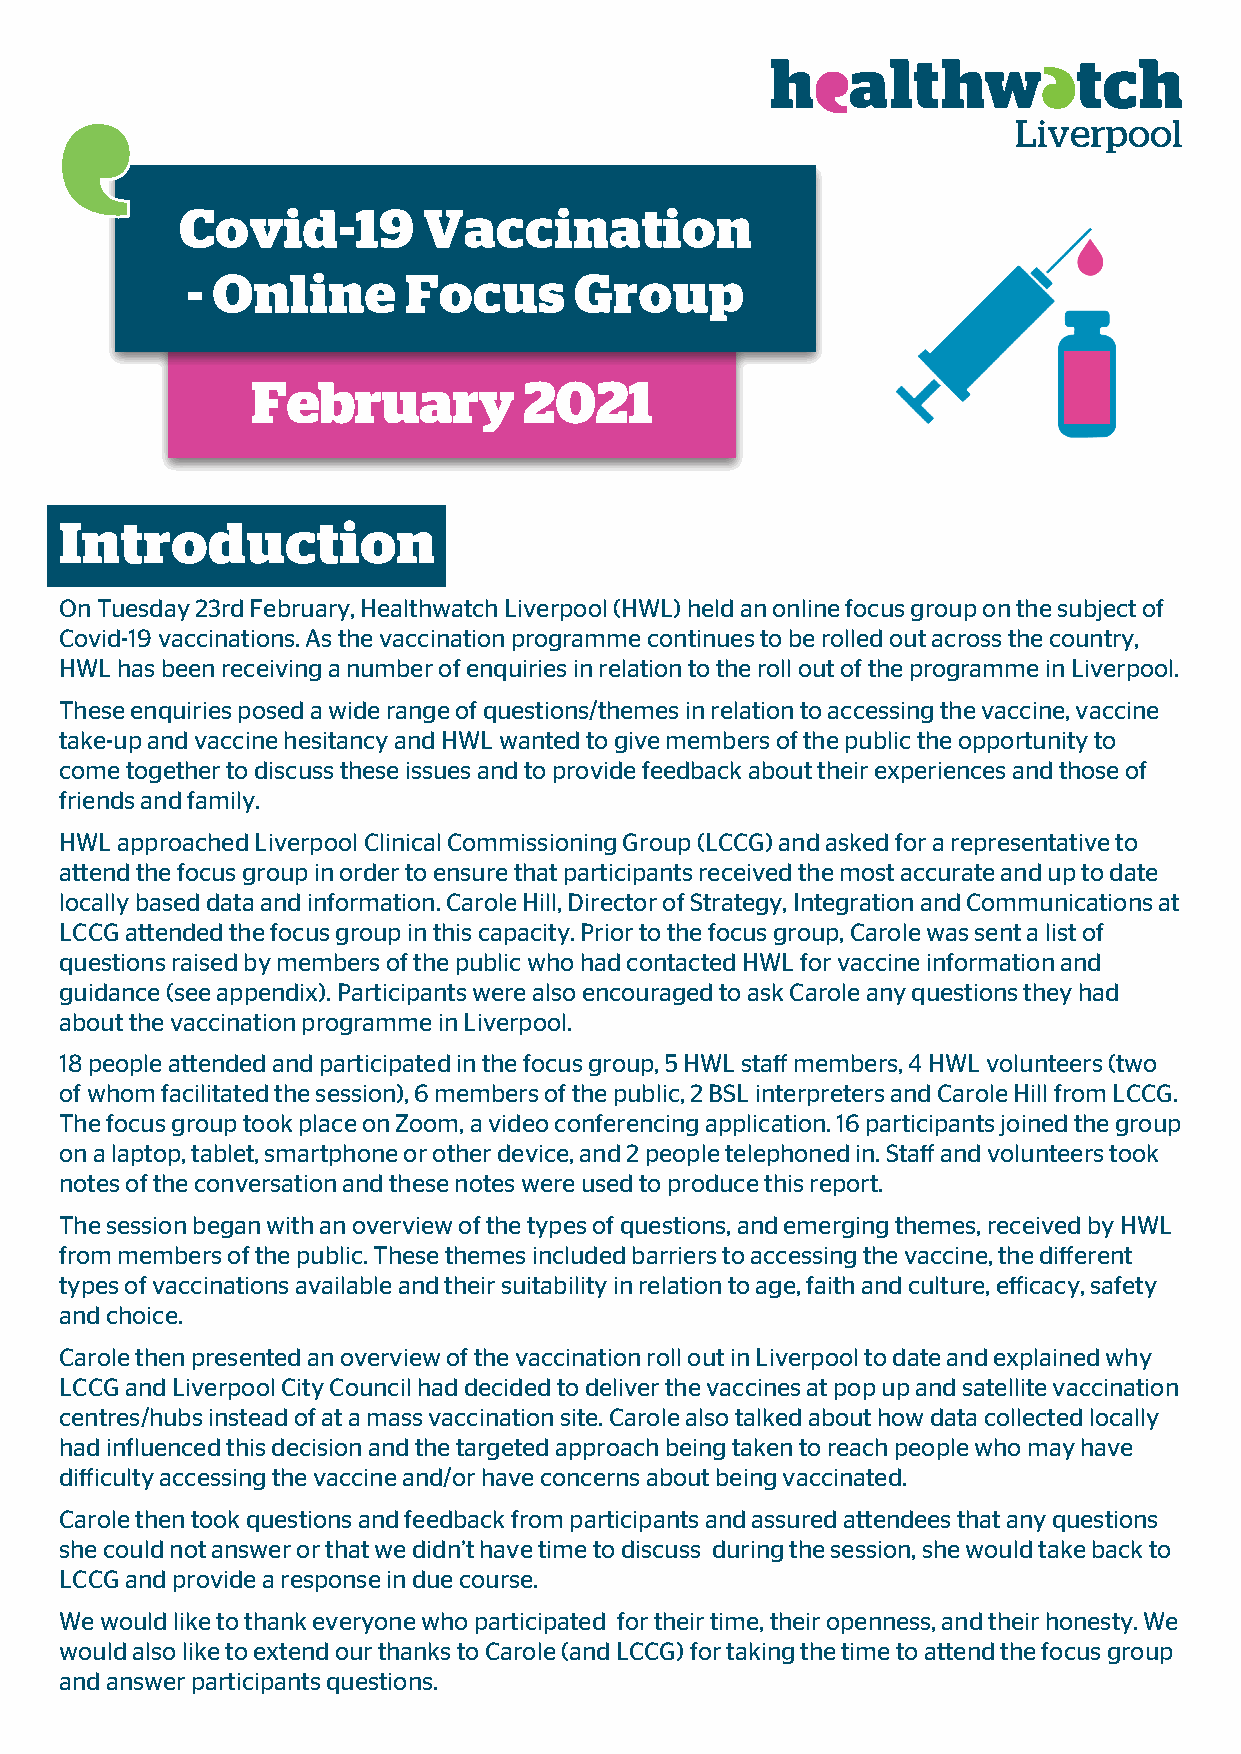
Covid-19        Vaccination
 - Online       Focus      Group
 February          2021
 Introduction
 On Tuesday 23rd February, Healthwatch Liverpool (HWL) held an online focus group on the subject of
 Covid-19 vaccinations. As the vaccination programme continues to be rolled out across the country,
 HWL has been receiving a number of enquiries in relation to the roll out of the programme in Liverpool.
 These enquiries posed a wide range of questions/themes in relation to accessing the vaccine, vaccine
 take-up and vaccine hesitancy and HWL wanted to give members of the public the opportunity to
 come together to discuss these issues and to provide feedback about their experiences and those of
 friends and family.
 HWL approached Liverpool Clinical Commissioning Group (LCCG) and asked for a representative to
 attend the focus group in order to ensure that participants received the most accurate and up to date
 locally based data and information. Carole Hill, Director of Strategy, Integration and Communications at
 LCCG attended the focus group in this capacity. Prior to the focus group, Carole was sent a list of
 questions raised by members of the public who had contacted HWL for vaccine information and
 guidance (see appendix). Participants were also encouraged to ask Carole any questions they had
 about the vaccination programme in Liverpool.
 18 people attended and participated in the focus group, 5 HWL staff members, 4 HWL volunteers (two
 of whom facilitated the session), 6 members of the public, 2 BSL interpreters and Carole Hill from LCCG.
 The focus group took place on Zoom, a video conferencing application. 16 participants joined the group
 on a laptop, tablet, smartphone or other device, and 2 people telephoned in. Staff and volunteers took
 notes of the conversation and these notes were used to produce this report.
 The session began with an overview of the types of questions, and emerging themes, received by HWL
 from members of the public. These themes included barriers to accessing the vaccine, the different
 types of vaccinations available and their suitability in relation to age, faith and culture, efficacy, safety
 and choice.
 Carole then presented an overview of the vaccination roll out in Liverpool to date and explained why
 LCCG and Liverpool City Council had decided to deliver the vaccines at pop up and satellite vaccination
 centres/hubs instead of at a mass vaccination site. Carole also talked about how data collected locally
 had influenced this decision and the targeted approach being taken to reach people who may have
 difficulty accessing the vaccine and/or have concerns about being vaccinated.
 Carole then took questions and feedback from participants and assured attendees that any questions
 she could not answer or that we didn’t have time to discuss during the session, she would take back to
 LCCG and provide a response in due course.
 We would like to thank everyone who participated for their time, their openness, and their honesty. We
 would also like to extend our thanks to Carole (and LCCG) for taking the time to attend the focus group
 and answer participants questions.